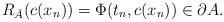
LaTeX: \begin{align*}R_{\bar A}(c(x_n))= \Phi(t_n,c(x_n)) \in \partial A.\end{align*}